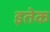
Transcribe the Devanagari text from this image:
इतेक